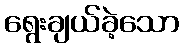
ရွေးချယ်ခဲ့သော